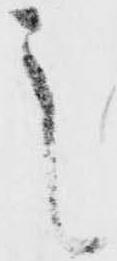
之